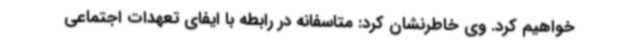
خواهیم کرد. وی خاطرنشان کرد: متاسفانه در رابطه با ایفای تعهدات اجتماعی